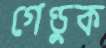
গেণ্ডুক